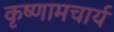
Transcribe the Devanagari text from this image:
कृष्णामचार्य